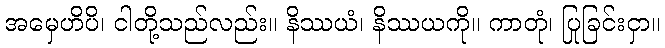
အမှေဟိပိ၊ ငါတို့သည်လည်း။ နိဿယံ၊ နိဿယကို။ ကာတုံ၊ ပြုခြင်းငှာ။